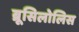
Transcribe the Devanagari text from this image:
ब्रूसिलोलिस